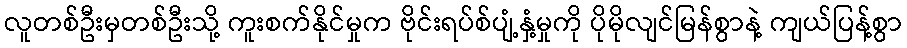
လူတစ်ဦးမှတစ်ဦးသို့ ကူးစက်နိုင်မှုက ဗိုင်းရပ်စ်ပျံ့နှံ့မှုကို ပိုမိုလျင်မြန်စွာနဲ့ ကျယ်ပြန့်စွာ